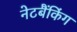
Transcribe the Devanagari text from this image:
नेटबैंकिंग